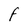
Character: F